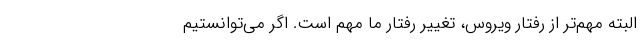
البته مهم‌تر از رفتار ویروس، تغییر رفتار ما مهم است‌. اگر می‌توانستیم